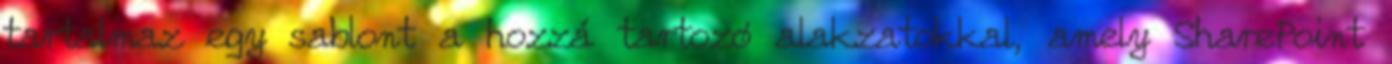
tartalmaz egy sablont a hozzá tartozó alakzatokkal, amely SharePoint